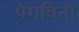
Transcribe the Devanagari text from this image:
पेंगविनों